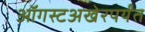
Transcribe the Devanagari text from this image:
ऑगस्टअखेरपर्यंत